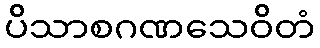
ပိသာစဂဏသေဝိတံ